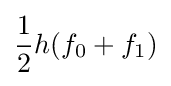
{\frac {1}{2}}h(f_{0}+f_{1})